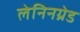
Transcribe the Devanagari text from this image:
लेनिनग्रेड